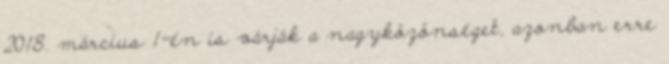
2018. március 1-én is várják a nagyközönséget, azonban erre